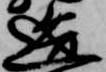
造